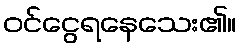
ဝင်ငွေရနေသေး၏။